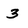
Character: 3